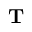
\ensuremath { \mathbf { T } }